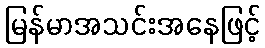
မြန်မာအသင်းအနေဖြင့်